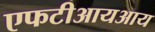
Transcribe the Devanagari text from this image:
एफटीआयआय